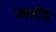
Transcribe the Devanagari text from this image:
खहोह